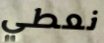
نعطي